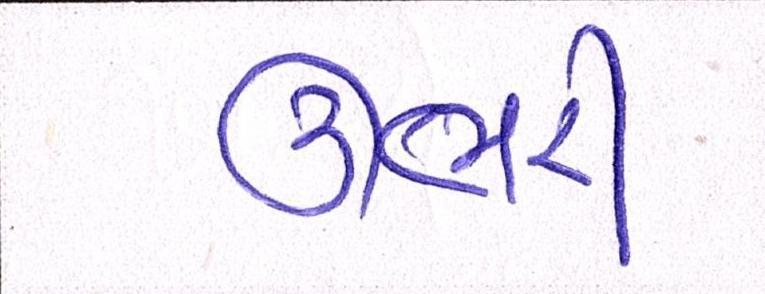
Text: ઉભરી